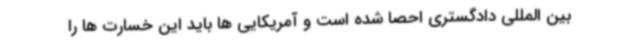
بین المللی دادگستری احصا شده است و آمریکایی ها باید این خسارت ها را